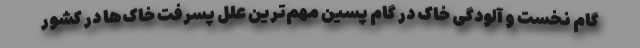
گام نخست و آلودگی خاک در گام پسین مهم‌ترین علل پسرفت خاک‌ها در کشور